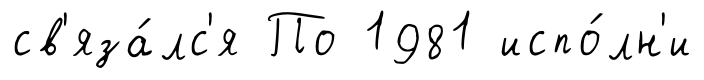
св'яза́лс'я По 1981 испо́лн'и